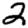
Digit: 2